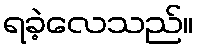
ရခဲ့လေသည်။